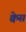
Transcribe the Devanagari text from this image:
क्वेस